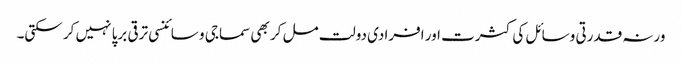
ورنہ قدرتی وسائل کی کثرت اور افرادی دولت مل کر بھی سماجی و سائنسی ترقی برپا نہیں کر سکتی۔